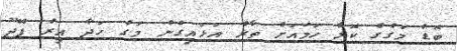
ބޮޑު މަގުގެ ކޮޅާ ހަމައަށް ތާރު އަޅައިގެން މަގު ހަދާ އިރު ފޭދޫ